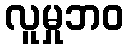
လူမှုဘဝ